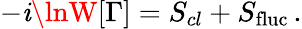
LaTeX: -\mathit{i}\lnW[\Gamma]=S_{cl}+S_{\mathrm{{fluc}}}\, .